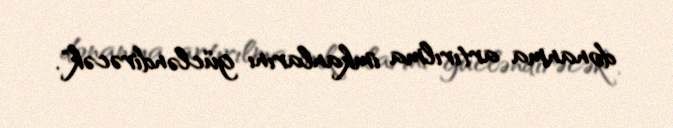
donanma artırılma imkanlarını gücləndirəcək".